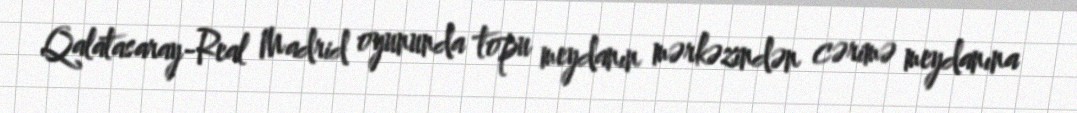
Qalatasaray-Real Madrid oyununda topu meydanın mərkəzindən cərimə meydanına